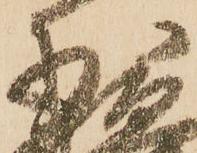
少